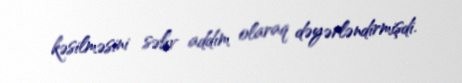
kəsilməsini səhv addım olaraq dəyərləndirmişdi.